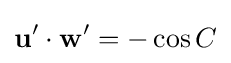
{\mathbf {u}}'\cdot {\mathbf {w}}'=-\cos C